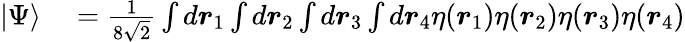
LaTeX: \begin{array}{rl}{|\Psi\rangle}&{{}=\frac{1}{8\sqrt{2}}\int d\boldsymbol{r}_{1}\int d\boldsymbol{r}_{2}\int d\boldsymbol{r}_{3}\int d\boldsymbol{r}_{4}\eta(\boldsymbol{r}_{1})\eta(\boldsymbol{r}_{2})\eta(\boldsymbol{r}_{3})\eta(\boldsymbol{r}_{4})}\end{array}